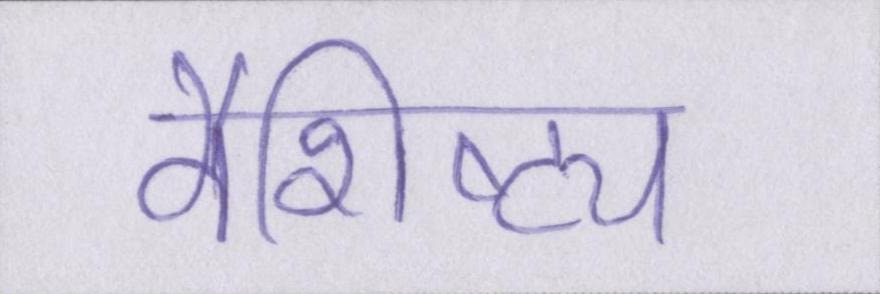
वैशिष्ट्य